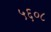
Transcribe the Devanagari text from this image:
५६०८